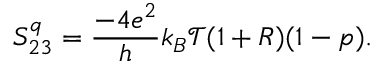
S _ { 2 3 } ^ { q } = \frac { - 4 e ^ { 2 } } { h } k _ { B } \mathcal { T } ( 1 + R ) ( 1 - p ) .